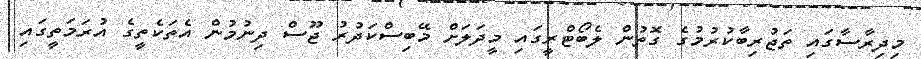
މިދިރާސާގައި ތަޖުރިބާކުރުމުގެ ގޮތުން ލެބޯޓްރީގައި މީދަލަށް މޭބިސްކަދުރު ޖޫސް ދިނުމުން އެތަކެތީގެ އުރަމަތީގައި